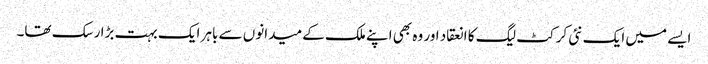
ایسے میں ایک نئی کرکٹ لیگ کا انعقاد اور وہ بھی اپنے ملک کے میدانوں سے باہر ایک بہت بڑا رسک تھا۔